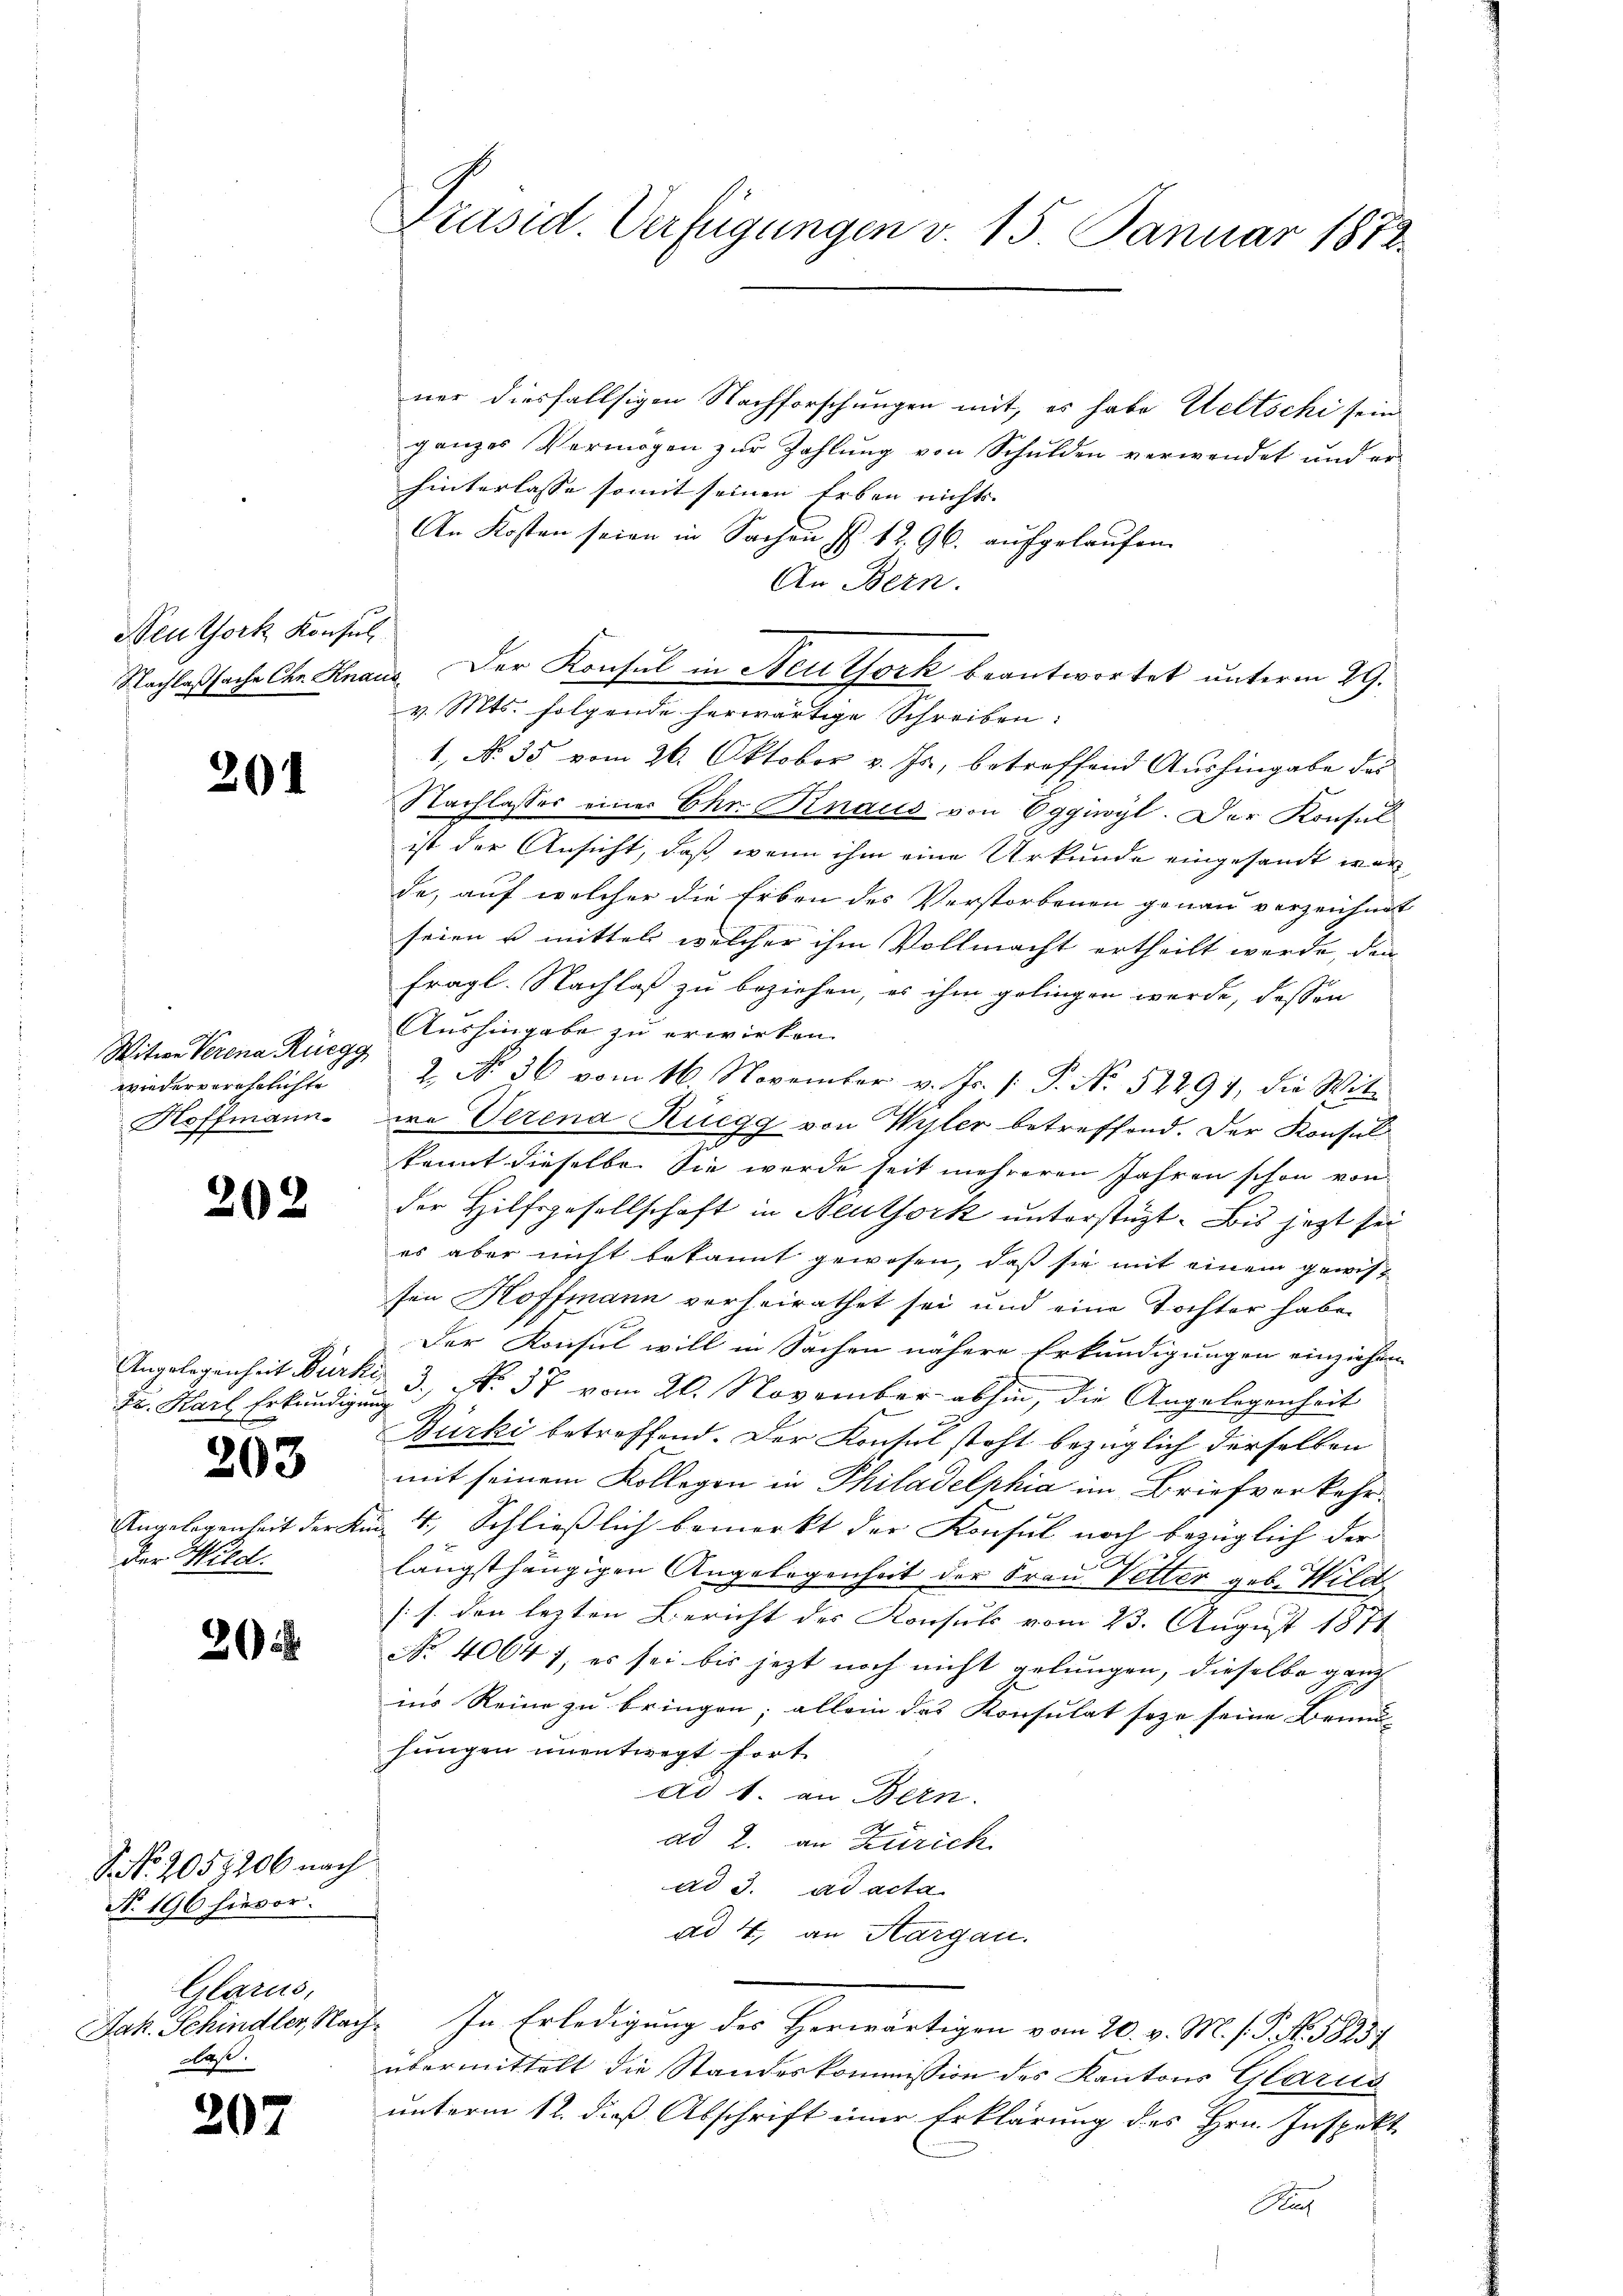
Neuthork Konsul

201

Witwe Verona Rüegg
wiederverehelichte
Hoffmann.

202

Angelegenheit Dürke
22. Karl Erkundigun

203

Angelegenheit der K.
der Wild.

20

8. No. 2057206 nach
No. 196 hievor.
Glarus,
Jak. Schindler, Nach
ast.

207

Präsid. Verfügungen v. 15. Januar 1872

ner diesfallsigen Nachforschungen mit, es habe Weltschi sein
ganzes Vermögen zŭr Zahlŭng von Schulden verwendet und er
hinterlasse somit seinen Erben nichts.
An Kosten seien in Sachen § 12. 96. aufgelaufen.
An Bern.
Nachlaßsache Chr. Knaus. Der Konsul in Neu York beantwortet unterm 29.
v. Mts. folgende herwärtige Schreiben:
1, No 35 vom 26. Oktober v. Js., betreffend Aushingabe des
Nachlasses einer Chr. Knaus von Eggwyl. Der Konsul
ist der Ansicht, daß wenn ihm eine Urkunde eingesandt war
de, auf welcher die Erben des Verstorbenen genau verzeichnet
seien u mittel welcher ihm Vollmacht ertheilt werde, den
fragl. Nachlaß zu beziehen, es ihm gelingen werde, dessen
Aushingabe zu erwirken.
2. No. 36 vom 16. November v. Js. s. P. No 52291, die Wit-
wo Verena Ruegg von Wyler betreffend. Der Konsul
kannt dieselbe. Sie wurde seit mehreren Jahren schon von
der Hilfsgesellschaft in Neuthork unterstüzt. Bis jezt sei
es aber nicht bekannt gewesen, daß sie mit einem gewissen Hoffmann vorheirathet sei und eine Tochter habe.
Der Konsul will in Sachen nähere Erkundigungen einziehen
2. 3. No. 37 vom 20. November abhin, die Angelegenheit
Bürki betreffend. Der Konsul steht bezüglich derselben
mit seinem Kollegen in Philadelphia im Brief vorkehr¬
 4. Schließlich bemerkt der Konsul noch bezüglich der
längsthängigen Angelegenheit der Frau Vetter geb. Wild
[s. den lezten Bericht der Konsuls vom 23. August 1871
No. 40647, es sei bis jezt noch nicht gelungen, dieselbe ganz
ins Reine zu bringen; allein das Konsulat seze seine Brun- |
hungen unentwegt fort.
Ad 1. an Bern.
ad 2. an Zürich
ad 3. ad acta
ad 4., an Aargau.
 In Erledigung des Herwärtigen vom 20. v. M. s. S. Nr. 18237
übermittelt die Standeskommission des Kantons Glarus
unterm 12. dieß Abschrift einer Erklärung des Hrn. Inspekt

Rah